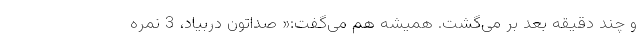
و چند دقیقه بعد بر می‌گشت. همیشه هم می‌گفت:« صداتون دربیاد، 3 نمره